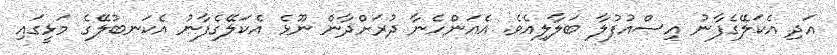
އަދި އެކަލޭގެފާނު އިސްއުފުލާ ބަލާލިއެވެ. އެއަންހެނާ ދުރަށްދާން ނޫޅެ އެކަލޭގެފާނު އެކަނބުލޭގެ މަޅީގައި